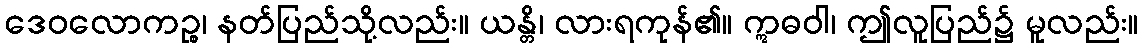
ဒေဝလောကဉ္စ၊ နတ်ပြည်သို့လည်း။ ယန္တိ၊ လားရကုန်၏။ ဣဓဝါ၊ ဤလူပြည်၌ မူလည်း။